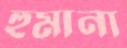
হুমানা